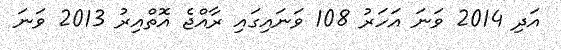
އަދި 2014 ވަނަ އަހަރު 108 ވަނައިގައި ރާއްޖެ އޮތްއިރު 2013 ވަނަ